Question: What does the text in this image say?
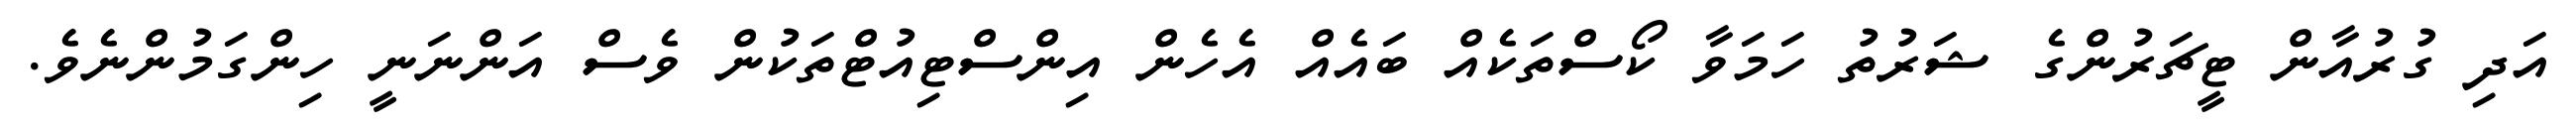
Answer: އަދި ގުރުއާން ޓީޗަރުންގެ ޝަރުތު ހަމަވާ ކޯސްތަކެއް ބައެއް އެހެން އިންސްޓިއުޓްތަކުން ވެސް އަންނަނީ ހިންގަމުންނެވެ.